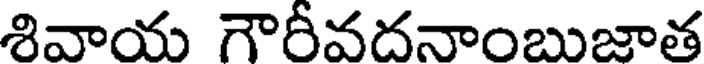
శివాయ గౌరీవదనాంబుజాత